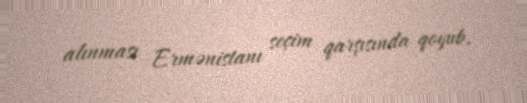
alınması Ermənistanı seçim qarşısında qoyub.